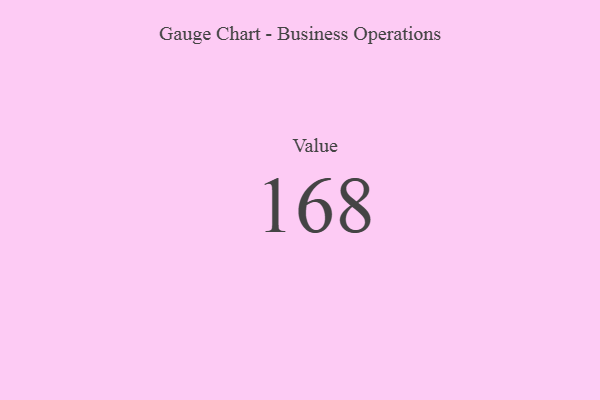
{"axis": {"x": "Metric", "y": "Value"}, "legend": [""], "data": [{"x": "Value", "y": 168, "type": ""}]}